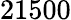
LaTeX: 21500